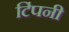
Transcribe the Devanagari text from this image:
टिंपनी